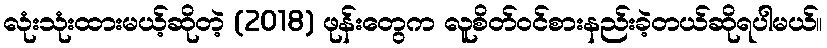
လုံးသုံးထားမယ့်ဆိုတဲ့ (2018) ဖုန်းတွေက လူစိတ်ဝင်စားနည်းခဲ့တယ်ဆိုရပါမယ်။